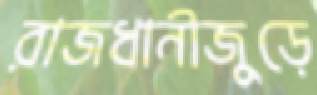
রাজধানীজুড়ে